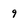
Character: q